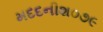
મદદનીશ૦૭૯